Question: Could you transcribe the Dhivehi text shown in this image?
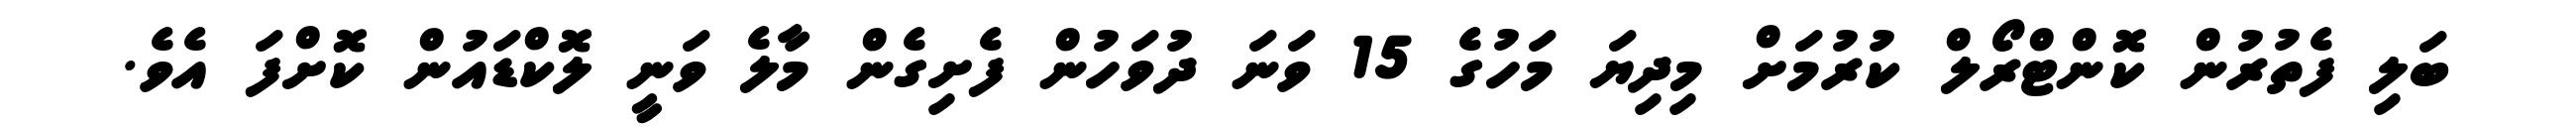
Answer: ބަލި ފެތުރުން ކޮންޓްރޯލް ކުރުމަށް މިދިޔަ މަހުގެ 15 ވަނަ ދުވަހުން ފެށިގެން މާލެ ވަނީ ލޮކްޑައުން ކޮށްފަ އެވެ.